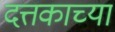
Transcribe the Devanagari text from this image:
दत्तकाच्या